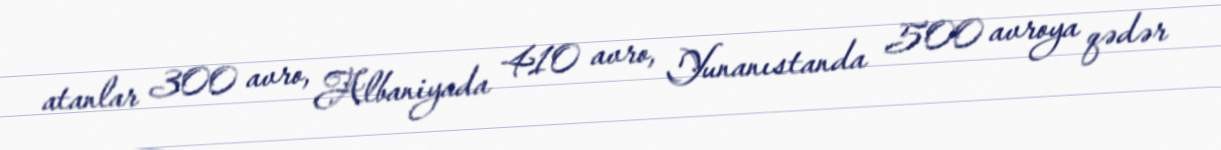
atanlar 300 avro, Albaniyada 410 avro, Yunanıstanda 500 avroya qədər